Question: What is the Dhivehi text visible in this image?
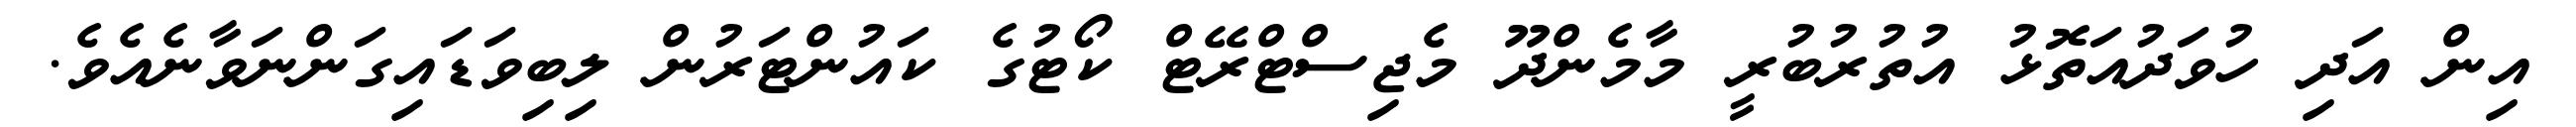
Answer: އިން އަދި ހުވަދުއަތޮޅު އުތުރުބުރީ މާމެންދޫ މެޖިސްޓްރޭޓް ކޯޓުގެ ކައުންޓަރުން ލިބިވަޑައިގަންނަވާނެއެވެ.